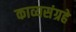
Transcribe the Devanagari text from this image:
काव्यसंग्रहे